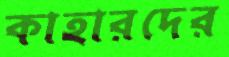
কাহারদের